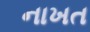
નાખત